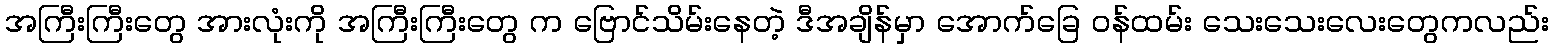
အကြီးကြီးတွေ အားလုံးကို အကြီးကြီးတွေ က ဗြောင်သိမ်းနေတဲ့ ဒီအချိန်မှာ အောက်ခြေ ဝန်ထမ်း သေးသေးလေးတွေကလည်း